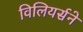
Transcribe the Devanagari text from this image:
विलियर्सने